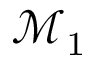
\mathcal { M } _ { 1 }